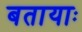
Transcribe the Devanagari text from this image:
बतायाः